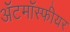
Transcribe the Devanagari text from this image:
ॲटमॉस्फीयर